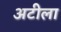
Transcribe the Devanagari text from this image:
अटीला